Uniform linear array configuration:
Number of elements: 64
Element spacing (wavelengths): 0.5
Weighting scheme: binomial
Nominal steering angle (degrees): -15
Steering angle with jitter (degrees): -16.544
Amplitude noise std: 0.05
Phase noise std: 0.05

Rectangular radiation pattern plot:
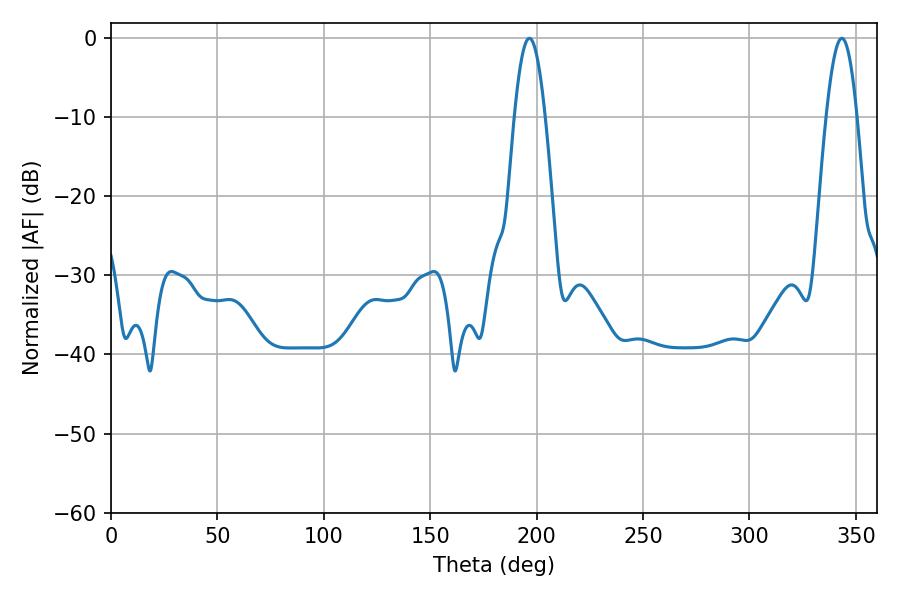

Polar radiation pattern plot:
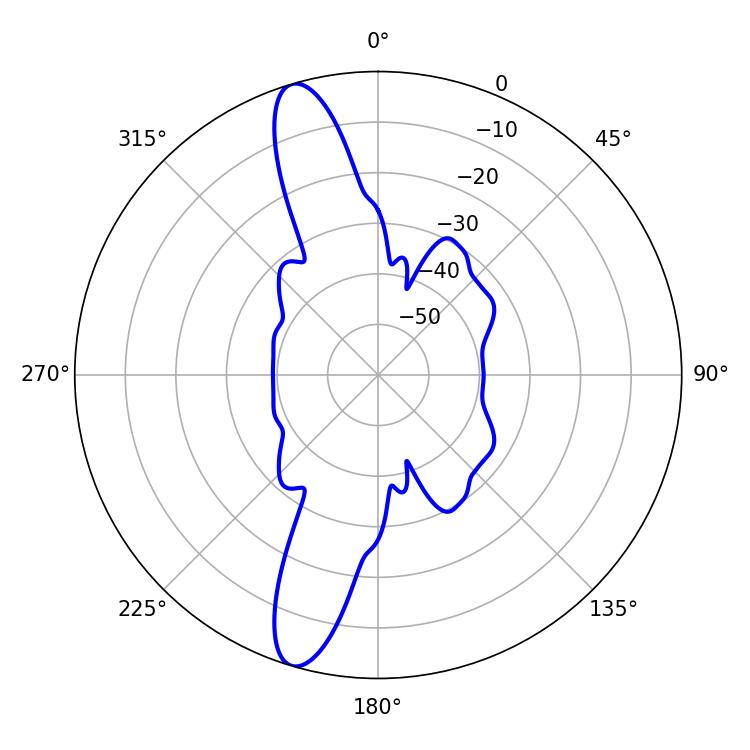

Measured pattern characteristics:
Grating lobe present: FALSE
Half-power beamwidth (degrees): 7.74
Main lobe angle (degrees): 343.44